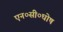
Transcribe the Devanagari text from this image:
एन०सी०घोष